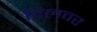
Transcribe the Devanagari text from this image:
दिलवर